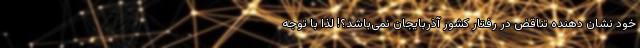
خود نشان دهنده تناقض در رفتار کشور آذربایجان نمی‌باشد؟! لذا با توجه